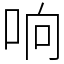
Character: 响